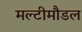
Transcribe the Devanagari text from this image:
मल्टीमौडल